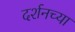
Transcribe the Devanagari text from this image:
दर्शनच्या